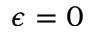
\epsilon = 0